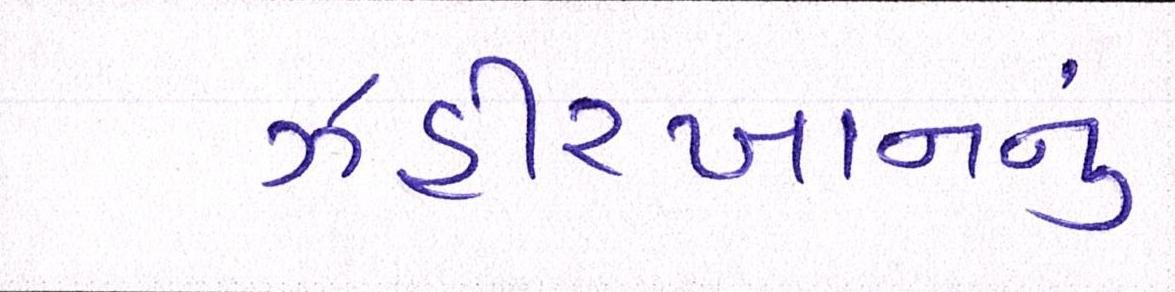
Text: ઝહીરખાનનું